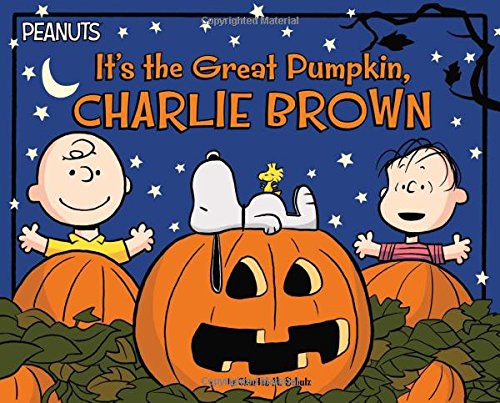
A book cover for It's the Great Pumpkin, Charlie Brown (Peanuts); Charles  M. Schulz; Comics & Graphic Novels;